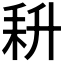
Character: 𰭰